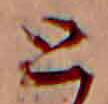
と